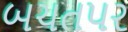
બચતપર